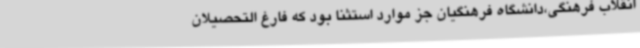
انقلاب فرهنگی،دانشگاه فرهنگیان جز موارد استثنا بود که فارغ التحصیلان